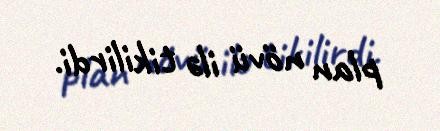
plan növü ilə tikilirdi.